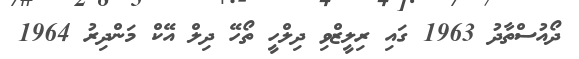
ދޯއުސްތާދު 1963 ގައި ރިލީޒްވި ދިލްހީ ތޯހޭ ދިލް އޭކް މަންދިރު 1964